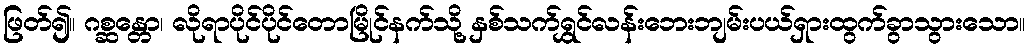
ဖြတ်၍။ ဂစ္ဆန္တော၊ လိုရာပိုင်ပိုင်တောမြိုင်နက်သို့ နှစ်သက်ရွှင်လန်းဘေးဘျမ်းပယ်ရှားထွက်ခွာသွားသော။